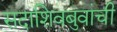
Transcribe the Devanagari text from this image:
सदाशिवबुवांची